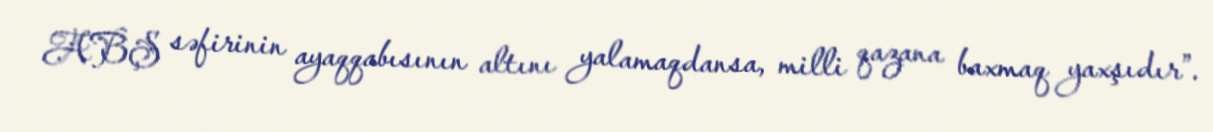
ABŞ səfirinin ayaqqabısının altını yalamaqdansa, milli qazana baxmaq yaxşıdır”.